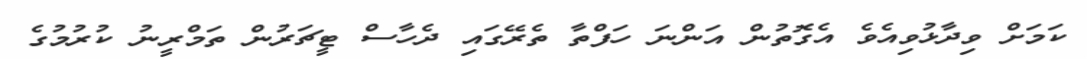
ކަމަށް ވިދާޅުވިއެވެ އެގޮތުން އަންނަ ހަފްތާ ތެރޭގައި ދެހާސް ޓީޗަރުން ތަމްރީނު ކުރުމުގެ